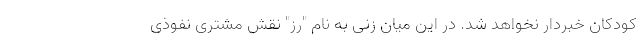
کودکان خبردار نخواهد شد. در این میان زنی به نام "رز" نقش مشتری نفوذی